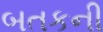
બતકની